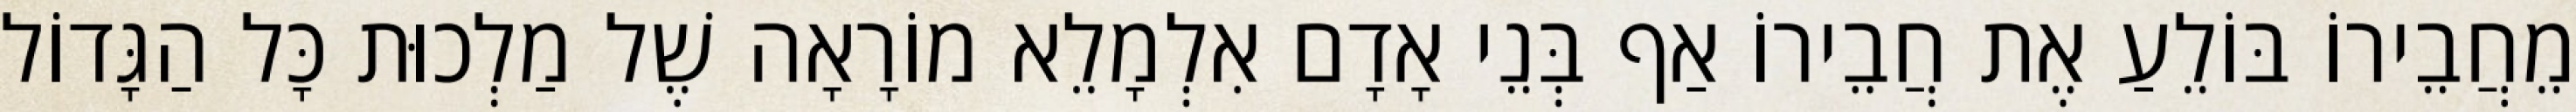
מֵחֲבֵירוֹ בּוֹלֵעַ אֶת חֲבֵירוֹ אַף בְּנֵי אָדָם אִלְמָלֵא מוֹרָאָה שֶׁל מַלְכוּת כָּל הַגָּדוֹל